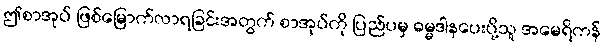
ဤစာအုပ် ဖြစ်မြောက်လာရခြင်းအတွက် စာအုပ်ကို ပြည်ပမှ ဓမ္မဒါနပေးပို့သူ အမေရိကန်